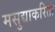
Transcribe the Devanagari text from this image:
मसुद्याकरिता